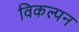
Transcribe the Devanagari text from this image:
विकल्पन